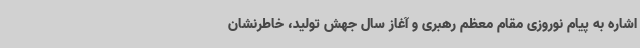
اشاره به پیام نوروزی مقام معظم رهبری و آغاز سال جهش تولید، خاطرنشان